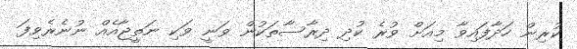
ކުރިން ހަދާފައިވާ މިއަށް ވުރެ ކުދި ދިރާސާތަކުން ވަނީ ވަކި ނަތީޖާއެއް ނުނެރެވިފަ